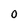
Character: 0